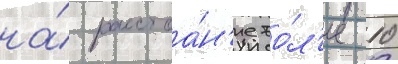
на́ расстоа́н'ие бо́л'ее 10